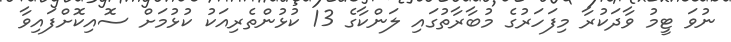
ނުވަ ޓީމު ވާދަކުރާ މިފަހަރުގެ މުބާރާތުގައި ލަންކާގެ 13 ކުޅުންތެރިއަކު ކުޅުމަށް ސޮއިކޮށްފައިވާ